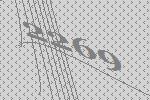
2269